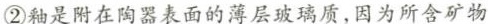
②釉是附在陶器表面的薄层玻璃质，因为所含矿物